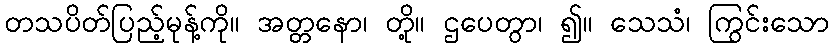
တသပိတ်ပြည့်မုန့်ကို။ အတ္တနော၊ တို့။ ဌပေတွာ၊ ၍။ သေသံ၊ ကြွင်းသော